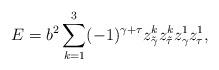
LaTeX: \begin{align*}E=b^2\sum\limits_{k=1}^{3}(-1)^{\gamma + \tau}z^{k}_{\tilde{\gamma}}z^{k}_{\tilde{\tau}}z^{1}_{\gamma}z^{1}_{\tau}, \end{align*}